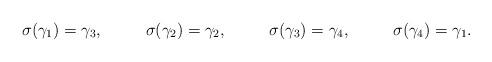
LaTeX: \begin{align*}\sigma(\gamma_1) &= \gamma_3,&\sigma(\gamma_2) &= \gamma_2,&\sigma(\gamma_3) &= \gamma_4,&\sigma(\gamma_4) &= \gamma_1.\end{align*}